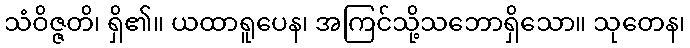
သံဝိဇ္ဇတိ၊ ရှိ၏။ ယထာရူပေန၊ အကြင်သို့သဘောရှိသော။ သုတေန၊